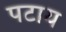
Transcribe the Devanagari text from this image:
पटाय